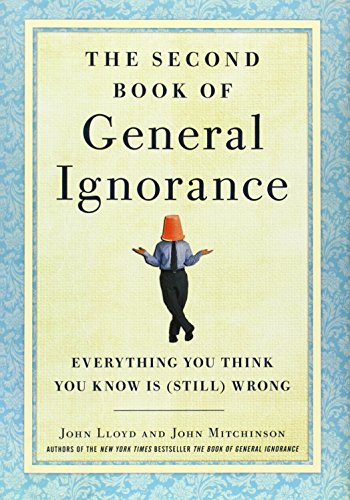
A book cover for The Second Book of General Ignorance: Everything You Think You Know Is (Still) Wrong; John Lloyd; Humor & Entertainment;